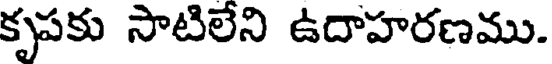
కృపకు సాటిలేని ఉదాహరణము.